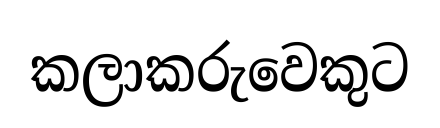
කලාකරුවෙකුට